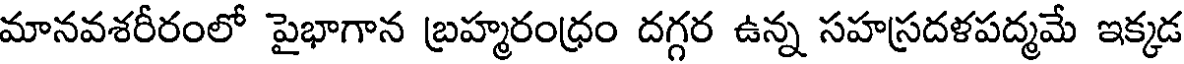
మానవశరీరంలో పైభాగాన బ్రహ్మరంధ్రం దగ్గర ఉన్న సహస్రదళపద్మమే ఇక్కడ